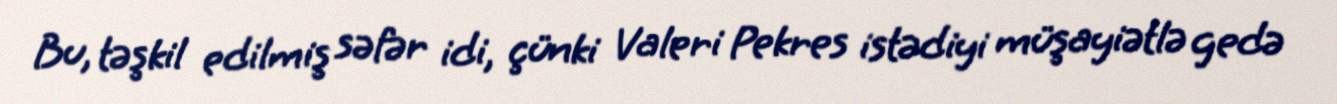
Bu, təşkil edilmiş səfər idi, çünki Valeri Pekres istədiyi müşayiətlə gedə